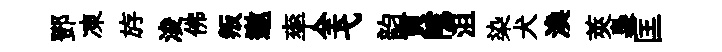
鄧凍斿浚佛叛邀率全弋韵貢隲沮染犬渙莢裊匡